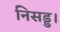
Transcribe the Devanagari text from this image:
निसड्ड।